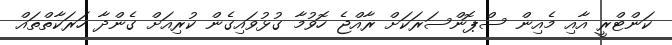
ކަންޓްރީ އާއި މެއިން ސްޕޮންސަރަކަށް ރާއްޖެ ހޮވުމާ ގުޅުވައިގެން ކުރިއަށް ގެންދާ ހަރަކާތްތައް